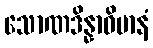
သောဏဒိန္နာဝိမာနံ